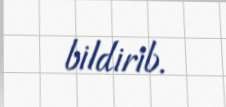
bildirib.